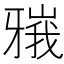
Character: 𬌘